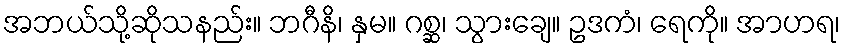
အဘယ်သို့ဆိုသနည်း။ ဘဂီနိ၊ နှမ။ ဂစ္ဆ၊ သွားချေ။ ဥဒကံ၊ ရေကို။ အာဟရ၊